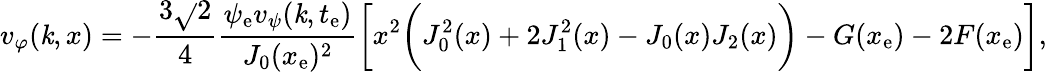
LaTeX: v_{\varphi}(\mathit{k},x)=-\frac{{3\sqrt{}{{2}}}}{{4}}\frac{{\psi_{\mathrm{{e}}}v_{\psi}(\mathit{k},t_{\mathrm{{e}}})}}{{J_{0}(x_{\mathrm{{e}}})^{2}}}\biggl[x^{2}\biggl(J_{0}^{2}(x)+2J_{1}^{2}(x)-J_{0}(x)J_{2}(x)\biggr)-G(x_{\mathrm{{e}}})-2F(x_{\mathrm{{e}}})\biggr],